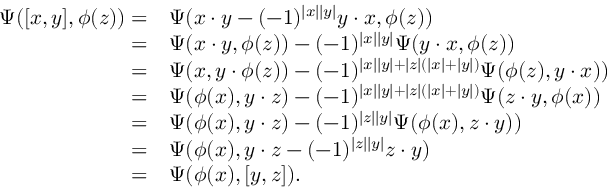
\begin{array} { r l } { \Psi ( [ x , y ] , \phi ( z ) ) = } & { \Psi ( x \cdot y - ( - 1 ) ^ { | x | | y | } y \cdot x , \phi ( z ) ) } \\ { = } & { \Psi ( x \cdot y , \phi ( z ) ) - ( - 1 ) ^ { | x | | y | } \Psi ( y \cdot x , \phi ( z ) ) } \\ { = } & { \Psi ( x , y \cdot \phi ( z ) ) - ( - 1 ) ^ { | x | | y | + | z | ( | x | + | y | ) } \Psi ( \phi ( z ) , y \cdot x ) ) } \\ { = } & { \Psi ( \phi ( x ) , y \cdot z ) - ( - 1 ) ^ { | x | | y | + | z | ( | x | + | y | ) } \Psi ( z \cdot y , \phi ( x ) ) } \\ { = } & { \Psi ( \phi ( x ) , y \cdot z ) - ( - 1 ) ^ { | z | | y | } \Psi ( \phi ( x ) , z \cdot y ) ) } \\ { = } & { \Psi ( \phi ( x ) , y \cdot z - ( - 1 ) ^ { | z | | y | } z \cdot y ) } \\ { = } & { \Psi ( \phi ( x ) , [ y , z ] ) . } \end{array}